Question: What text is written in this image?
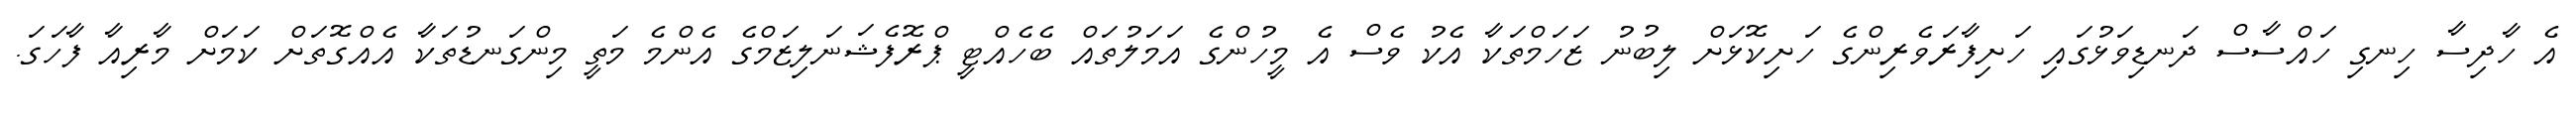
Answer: އެ ހާދިސާ ހިނގި ހައްސާސް ދަނޑިވަޅުގައި ހަށިފާރަވެރިންގެ ހަށިކޮޅަށް ލިބުނު ޒަހަމްތަކާ އެކު ވެސް އެ މީހުންގެ އަމަލުތައް ބެހެއްޓީ ޕްރޮފެޝަނަލިޒަމްގެ އެންމެ މަތީ މިންގަނޑުތަކާ އެއްގޮތަށް ކަމަށް މާރިއާ ފާހަގަ.